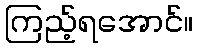
ကြည့်ရအောင်။